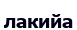
лакийа